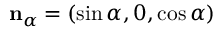
\mathbf { n } _ { \alpha } = ( \sin \alpha , 0 , \cos \alpha )